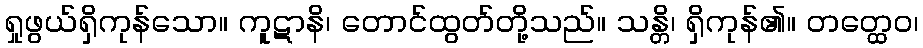
ရှုဖွယ်ရှိကုန်သော။ ကူဋာနိ၊ တောင်ထွတ်တို့သည်။ သန္တိ၊ ရှိကုန်၏။ တတ္ထေဝ၊